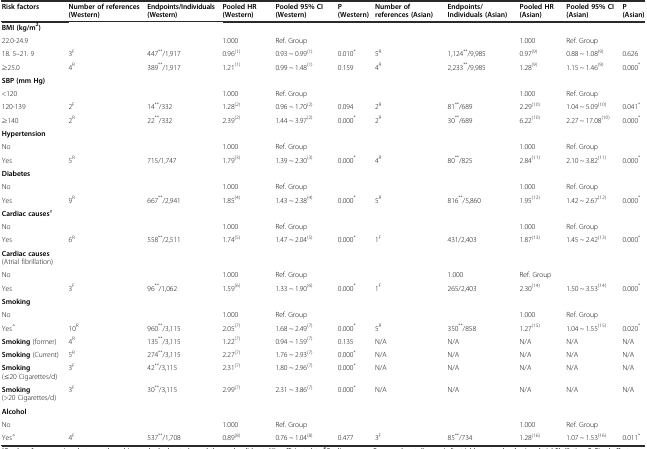
<table><thead><tr><td><b>Risk factors</b></td><td><b>Number of references (Western)</b></td><td><b>Endpoints/Individuals (Western)</b></td><td><b>Pooled HR (Western)</b></td><td><b>Pooled 95% CI (Western)</b></td><td><b>P (Western)</b></td><td><b>Number of references (Asian)</b></td><td><b>Endpoints/Individuals (Asian)</b></td><td><b>Pooled HR (Asian)</b></td><td><b>Pooled 95% CI (Asian)</b></td><td><b>P (Asian)</b></td></tr></thead><tbody><tr><td><b>BMI (kg/m</b><sup><b>2</b></sup><b>)</b></td><td></td><td></td><td></td><td></td><td></td><td></td><td></td><td></td><td></td><td></td></tr><tr><td>22.0-24.9</td><td></td><td></td><td>1.000</td><td>Ref. Group</td><td></td><td></td><td></td><td>1.000</td><td>Ref. Group</td><td></td></tr><tr><td>18. 5–21. 9</td><td>3<sup>F</sup></td><td>447<sup>**</sup>/1,917</td><td>0.96<sup>(1)</sup></td><td>0.93 ~ 0.99<sup>(1)</sup></td><td>0.010<sup>*</sup></td><td>5<sup>R</sup></td><td>1,124<sup>**</sup>/9,985</td><td>0.97<sup>(9)</sup></td><td>0.88 ~ 1.08<sup>(9)</sup></td><td>0.626</td></tr><tr><td>≥25.0</td><td>4<sup>R</sup></td><td>389<sup>**</sup>/1,917</td><td>1.21<sup>(1)</sup></td><td>0.99 ~ 1.48<sup>(1)</sup></td><td>0.159</td><td>4<sup>R</sup></td><td>2,233<sup>**</sup>/9,985</td><td>1.28<sup>(9)</sup></td><td>1.15 ~ 1.46<sup>(9)</sup></td><td>0.000<sup>*</sup></td></tr><tr><td><b>SBP (mm Hg)</b></td><td></td><td></td><td></td><td></td><td></td><td></td><td></td><td></td><td></td><td></td></tr><tr><td>&lt;120</td><td></td><td></td><td>1.000</td><td>Ref. Group</td><td></td><td></td><td></td><td>1.000</td><td>Ref. Group</td><td></td></tr><tr><td>120-139</td><td>2<sup>F</sup></td><td>14<sup>**</sup>/332</td><td>1.28<sup>(2)</sup></td><td>0.96 ~ 1.70<sup>(2)</sup></td><td>0.094</td><td>2<sup>R</sup></td><td>81<sup>**</sup>/689</td><td>2.29<sup>(10)</sup></td><td>1.04 ~ 5.09<sup>(10)</sup></td><td>0.041<sup>*</sup></td></tr><tr><td>≥140</td><td>2<sup>R</sup></td><td>22<sup>**</sup>/332</td><td>2.39<sup>(2)</sup></td><td>1.44 ~ 3.97<sup>(2)</sup></td><td>0.000<sup>*</sup></td><td>2<sup>R</sup></td><td>30<sup>**</sup>/689</td><td>6.22<sup>(10)</sup></td><td>2.27 ~ 17.08<sup>(10)</sup></td><td>0.000<sup>*</sup></td></tr><tr><td><b>Hypertension</b></td><td></td><td></td><td></td><td></td><td></td><td></td><td></td><td></td><td></td><td></td></tr><tr><td>No</td><td></td><td></td><td>1.000</td><td>Ref. Group</td><td></td><td></td><td></td><td>1.000</td><td>Ref. Group</td><td></td></tr><tr><td>Yes</td><td>5<sup>R</sup></td><td>715/1,747</td><td>1.79<sup>(3)</sup></td><td>1.39 ~ 2.30<sup>(3)</sup></td><td>0.000<sup>*</sup></td><td>4<sup>R</sup></td><td>80<sup>**</sup>/825</td><td>2.84<sup>(11)</sup></td><td>2.10 ~ 3.82<sup>(11)</sup></td><td>0.000<sup>*</sup></td></tr><tr><td><b>Diabetes</b></td><td></td><td></td><td></td><td></td><td></td><td></td><td></td><td></td><td></td><td></td></tr><tr><td>No</td><td></td><td></td><td>1.000</td><td>Ref. Group</td><td></td><td></td><td></td><td>1.000</td><td>Ref. Group</td><td></td></tr><tr><td>Yes</td><td>9<sup>R</sup></td><td>667<sup>**</sup>/2,941</td><td>1.85<sup>(4)</sup></td><td>1.43 ~ 2.38<sup>(4)</sup></td><td>0.000<sup>*</sup></td><td>5<sup>R</sup></td><td>816<sup>**</sup>/5,860</td><td>1.95<sup>(12)</sup></td><td>1.42 ~ 2.67<sup>(12)</sup></td><td>0.000<sup>*</sup></td></tr><tr><td><b>Cardiac causes</b><sup>#</sup></td><td></td><td></td><td></td><td></td><td></td><td></td><td></td><td></td><td></td><td></td></tr><tr><td>No</td><td></td><td></td><td>1.000</td><td>Ref. Group</td><td></td><td></td><td></td><td>1.000</td><td>Ref. Group</td><td></td></tr><tr><td>Yes</td><td>6<sup>R</sup></td><td>558<sup>**</sup>/2,511</td><td>1.74<sup>(5)</sup></td><td>1.47 ~ 2.04<sup>(5)</sup></td><td>0.000<sup>*</sup></td><td>1<sup>F</sup></td><td>431/2,403</td><td>1.87<sup>(13)</sup></td><td>1.45 ~ 2.42<sup>(13)</sup></td><td>0.000<sup>*</sup></td></tr><tr><td><b>Cardiac causes</b> (Atrial fibrillation)</td><td></td><td></td><td></td><td></td><td></td><td></td><td></td><td></td><td></td><td></td></tr><tr><td>No</td><td></td><td></td><td>1.000</td><td>Ref. Group</td><td></td><td></td><td>1.000</td><td>Ref. Group</td><td></td><td></td></tr><tr><td>Yes</td><td>3<sup>F</sup></td><td>96<sup>**</sup>/1,062</td><td>1.59<sup>(6)</sup></td><td>1.33 ~ 1.90<sup>(6)</sup></td><td>0.000<sup>*</sup></td><td>1<sup>F</sup></td><td>265/2,403</td><td>2.30<sup>(14)</sup></td><td>1.50 ~ 3.53<sup>(14)</sup></td><td>0.000<sup>*</sup></td></tr><tr><td><b>Smoking</b></td><td></td><td></td><td></td><td></td><td></td><td></td><td></td><td></td><td></td><td></td></tr><tr><td>No</td><td></td><td></td><td>1.000</td><td>Ref. Group</td><td></td><td></td><td></td><td>1.000</td><td>Ref. Group</td><td></td></tr><tr><td>Yes<sup>△</sup></td><td>10<sup>R</sup></td><td>960<sup>**</sup>/3,115</td><td>2.05<sup>(7)</sup></td><td>1.68 ~ 2.49<sup>(7)</sup></td><td>0.000<sup>*</sup></td><td>5<sup>R</sup></td><td>350<sup>**</sup>/858</td><td>1.27<sup>(15)</sup></td><td>1.04 ~ 1.55<sup>(15)</sup></td><td>0.020<sup>*</sup></td></tr><tr><td><b>Smoking</b> (former)</td><td>4<sup>R</sup></td><td>135<sup>**</sup>/3,115</td><td>1.22<sup>(7)</sup></td><td>0.94 ~ 1.59<sup>(7)</sup></td><td>0.135</td><td>N/A</td><td>N/A</td><td>N/A</td><td>N/A</td><td>N/A</td></tr><tr><td><b>Smoking</b> (Current)</td><td>5<sup>R</sup></td><td>274<sup>**</sup>/3,115</td><td>2.27<sup>(7)</sup></td><td>1.76 ~ 2.93<sup>(7)</sup></td><td>0.000<sup>*</sup></td><td>N/A</td><td>N/A</td><td>N/A</td><td>N/A</td><td>N/A</td></tr><tr><td><b>Smoking</b> (≤20 Cigarettes/d)</td><td>3<sup>F</sup></td><td>42<sup>**</sup>/3,115</td><td>2.31<sup>(7)</sup></td><td>1.80 ~ 2.96<sup>(7)</sup></td><td>0.000<sup>*</sup></td><td>N/A</td><td>N/A</td><td>N/A</td><td>N/A</td><td>N/A</td></tr><tr><td><b>Smoking</b> (&gt;20 Cigarettes/d)</td><td>3<sup>F</sup></td><td>30<sup>**</sup>/3,115</td><td>2.99<sup>(7)</sup></td><td>2.31 ~ 3.86<sup>(7)</sup></td><td>0.000<sup>*</sup></td><td>N/A</td><td>N/A</td><td>N/A</td><td>N/A</td><td>N/A</td></tr><tr><td><b>Alcohol</b></td><td></td><td></td><td></td><td></td><td></td><td></td><td></td><td></td><td></td><td></td></tr><tr><td>No</td><td></td><td></td><td>1.000</td><td>Ref. Group</td><td></td><td></td><td></td><td>1.000</td><td>Ref. Group</td><td></td></tr><tr><td>Yes<sup>△</sup></td><td>4<sup>F</sup></td><td>537<sup>**</sup>/1,708</td><td>0.89<sup>(8)</sup></td><td>0.76 ~ 1.04<sup>(8)</sup></td><td>0.477</td><td>3<sup>F</sup></td><td>85<sup>**</sup>/734</td><td>1.28<sup>(16)</sup></td><td>1.07 ~ 1.53<sup>(16)</sup></td><td>0.011<sup>*</sup></td></tr></tbody></table>